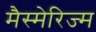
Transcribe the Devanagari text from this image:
मैस्मेरिज्म